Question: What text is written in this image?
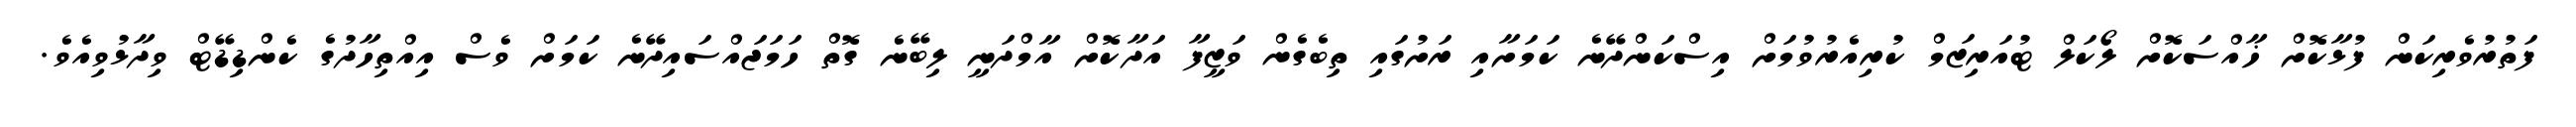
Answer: ފަތުރުވެރިކަން ފުޅާކޮށް ޚާއްސަކޮށް ލޯކަލް ޓުއަރިޒަމް ކުރިއެރުވުމަށް އިސްކަންދޭނެ ކަމަށާއި ރަށުގައި ތިބެގެން ވަޒީފާ އަދާކޮށް އާމްދަނީ ލިބޭނެ ގޮތް ހަމަޖައްސައިދޭނެ ކަމަށް ވެސް އިއްތިހާދުގެ ކެންޑިޑޭޓް ވިދާޅުވިއެވެ.